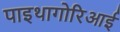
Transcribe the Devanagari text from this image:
पाइथागोरिआई